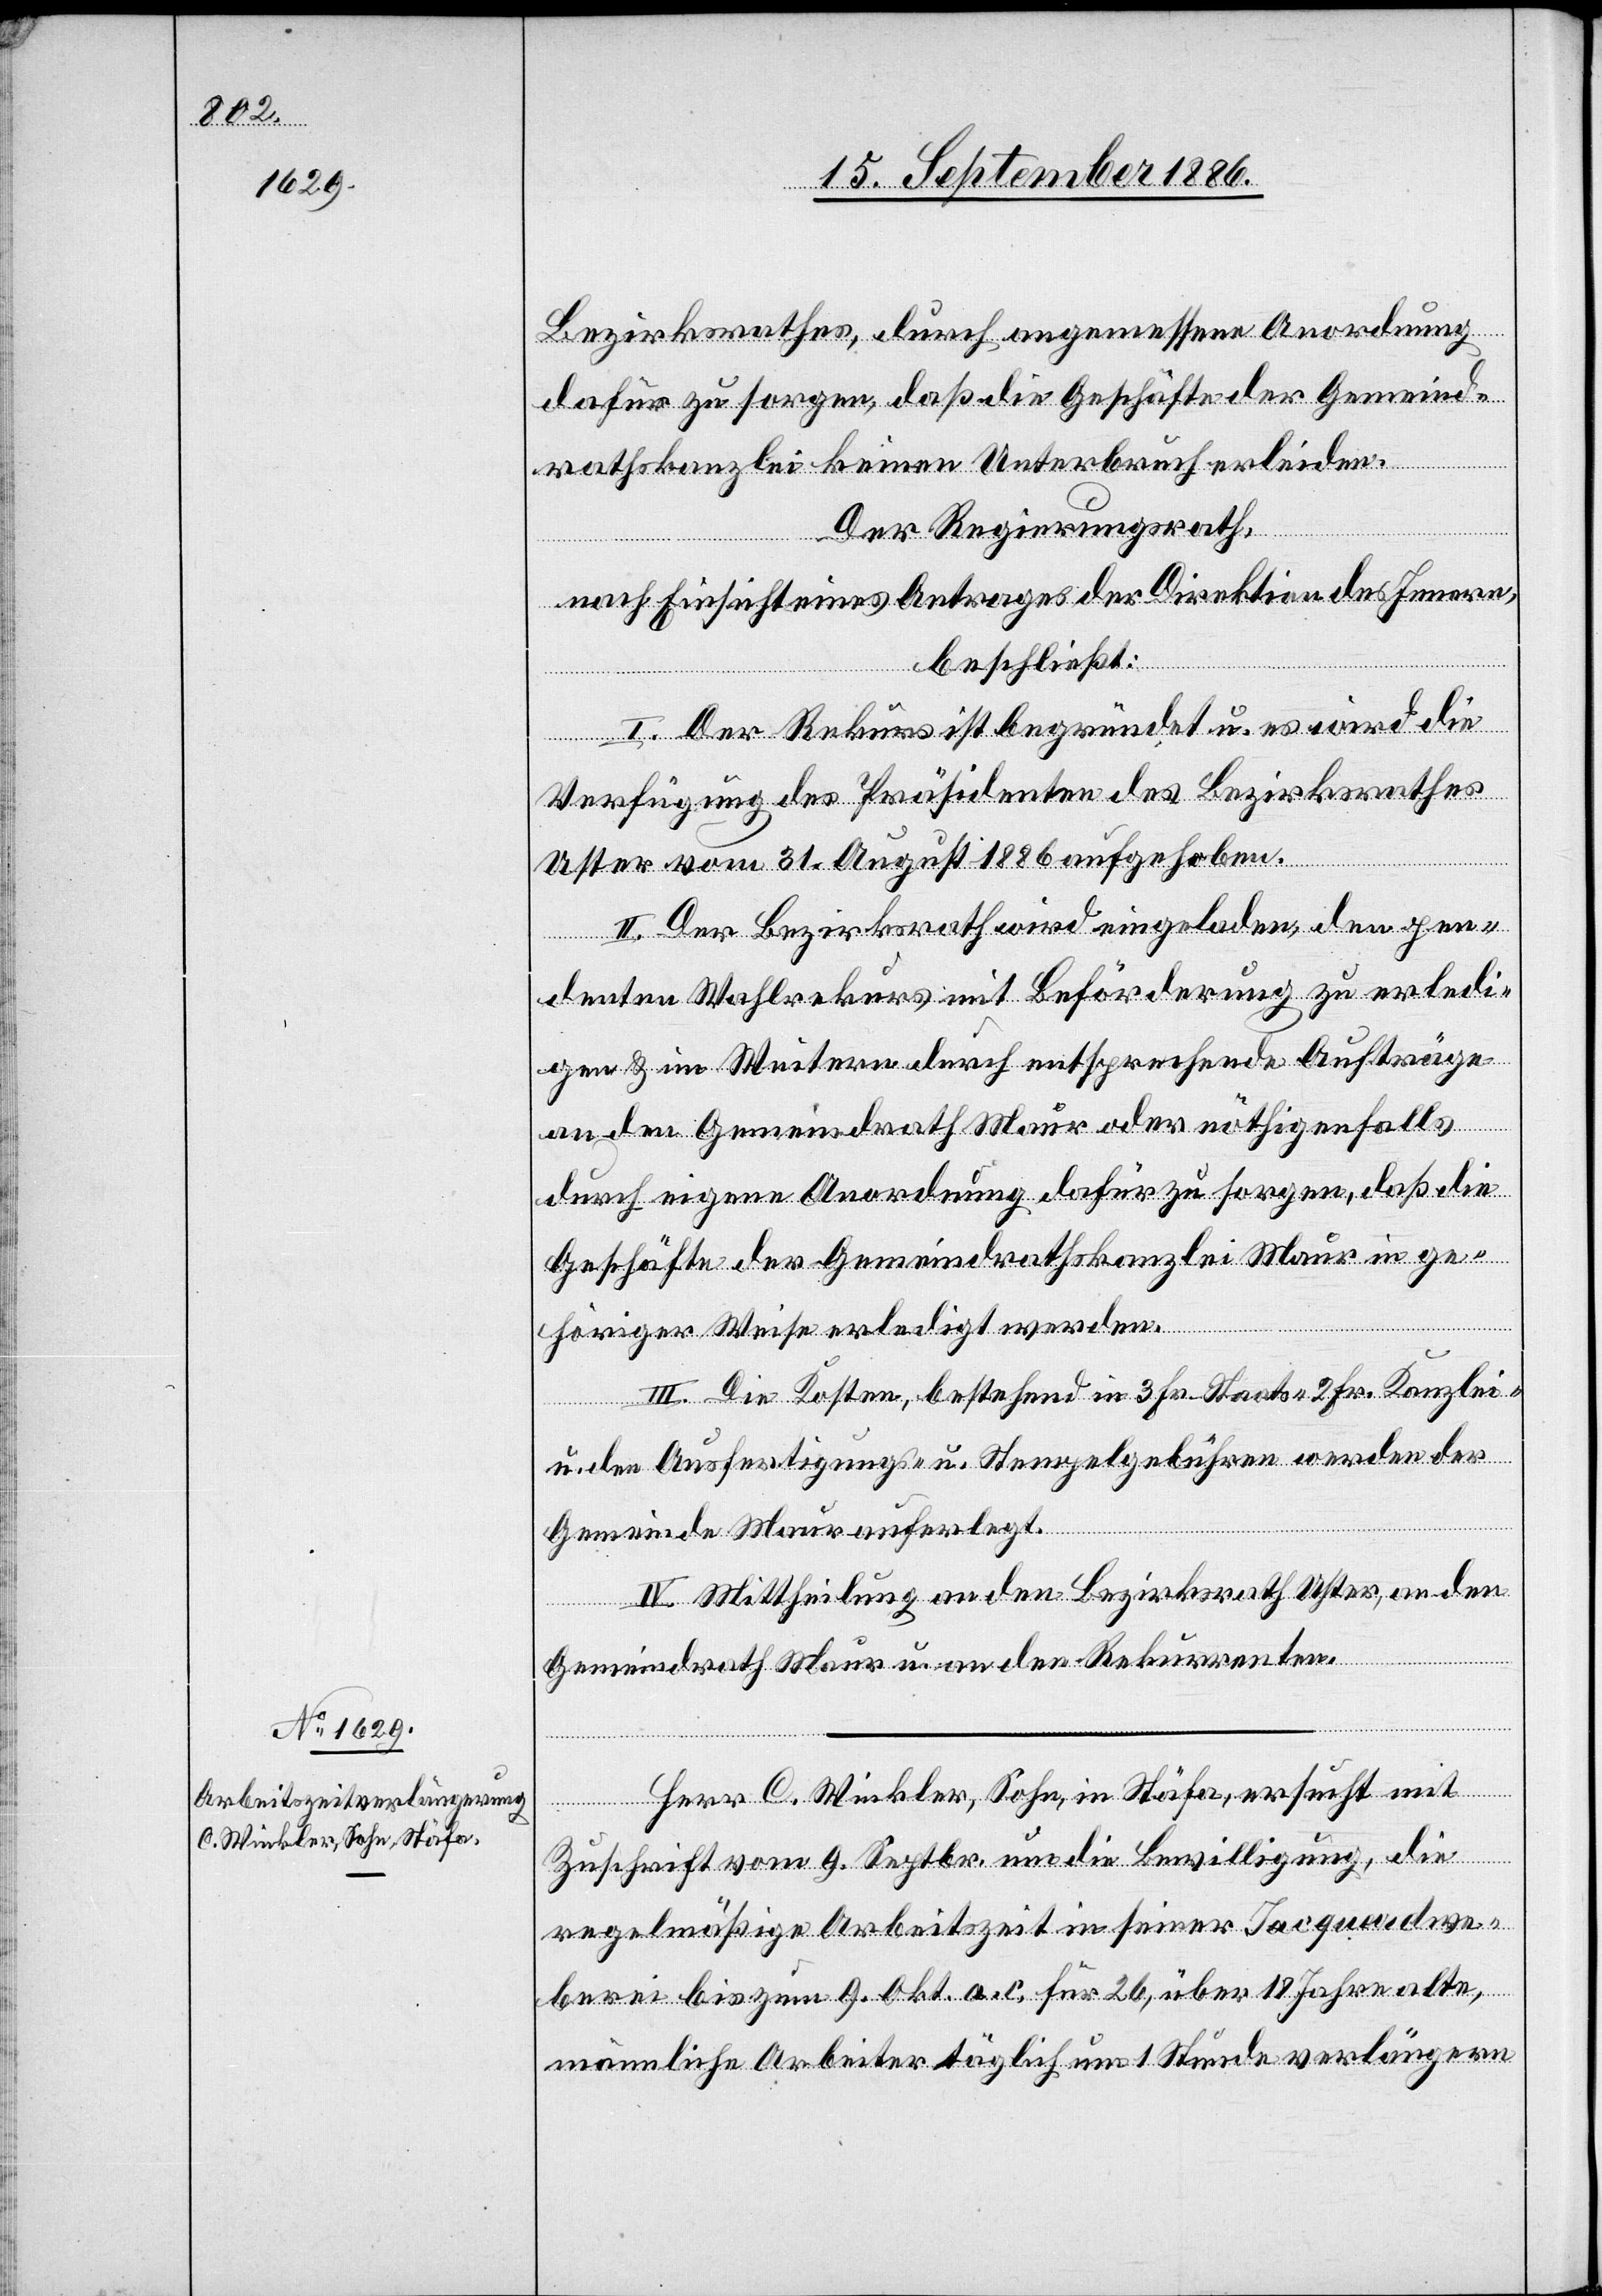
Bezirksrathes, durch angemessene Anordnung
dafür zu sorgen, daß die Geschäfte der Gemeind¬
rathskanzlei keinen Unterbruch erleiden.
Der Regierungsrath,
nach Einsicht eines Antrages der Direktion des Innern,
beschließt:
I. Der Rekurs ist begründet u. es wird die
Verfügung des Präsidenten des Bezirksrathes
Uster vom 31. August 1886 aufgehoben.
II. Der Bezirksrath wird eingeladen, den pen¬
denten Wahlrekurs mit Beförderung zu erledi¬
gen & im Weitern durch entsprechende Anträge
an den Gemeindrath Maur oder nöthigenfalls
durch eigene Anordnung dafür zu sorgen, daß die
Geschäfte der Gemeindrathskanzlei Maur in ge¬
höriger Weise erledigt werden.
III. Die Kosten, bestehend in 3 Fr. Staats- 2 Fr. Kanzlei-
u. den Ausfertigungs- & Stempelgebühren werden der
Gemeinde Maur auferlegt.
IV. Mittheilung an den Bezirksrath Uster, an den
Gemeindrath Maur u. an den Rekurrenten.
Herr C. Winkler, Sohn, in Stäfa, ersucht mit
Zuschrift vom 9. Septbr. um die Bewilligung, die
regelmäßige Arbeitszeit in seiner Jacquardwe¬
berei bis zum 9. Okt. a. c. für 26, über 18 Jahre alte,
männliche Arbeiter täglich um 1 Stunde verlängern